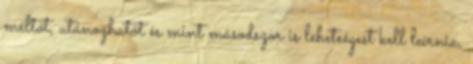
méltót, utánozhatót és mint másodszor is lehetségest kell leírnia,